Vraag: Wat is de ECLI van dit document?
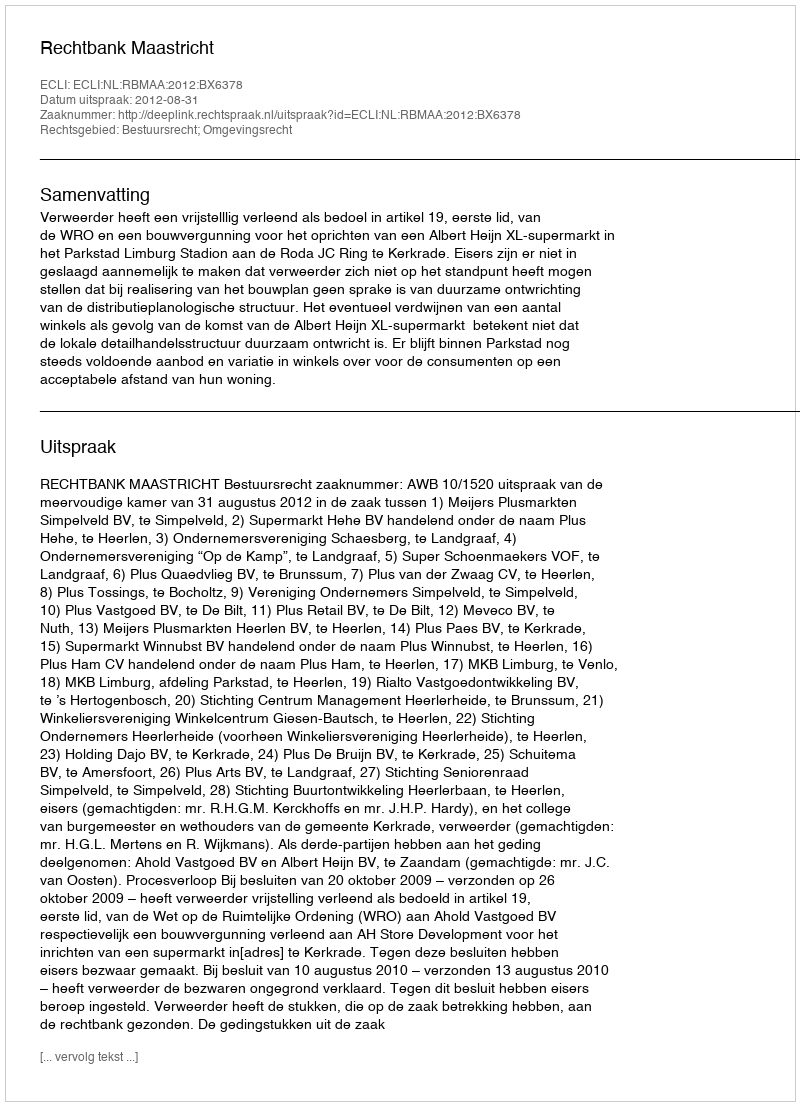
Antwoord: ECLI:NL:RBMAA:2012:BX6378